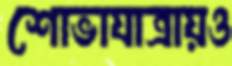
শোভাযাত্রায়ও